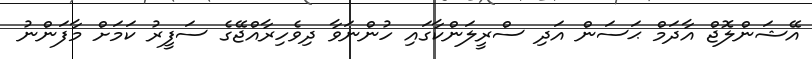
އޭޝަންލޮޖް އާދަމް ޙަސަން އަދި ސްރީލަންކާގައި ހުންނަވާ ދިވެހިރާއްޖޭގެ ސަފީރު ކަމަށް މާފަންނު